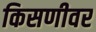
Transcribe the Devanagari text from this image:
किसणीवर